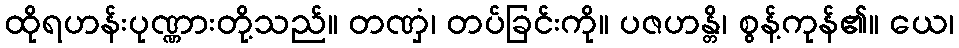
ထိုရဟန်းပုဏ္ဏားတို့သည်။ တဏှံ၊ တပ်ခြင်းကို။ ပဇဟန္တိ၊ စွန့်ကုန်၏။ ယေ၊